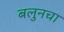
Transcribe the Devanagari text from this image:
बलुनचा